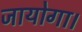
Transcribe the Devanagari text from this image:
जायोगा।